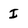
Character: I